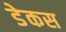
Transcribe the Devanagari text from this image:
डेकस